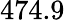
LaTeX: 474.9